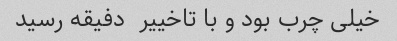
خیلی چرب بود و با تاخییر  دفیقه رسید